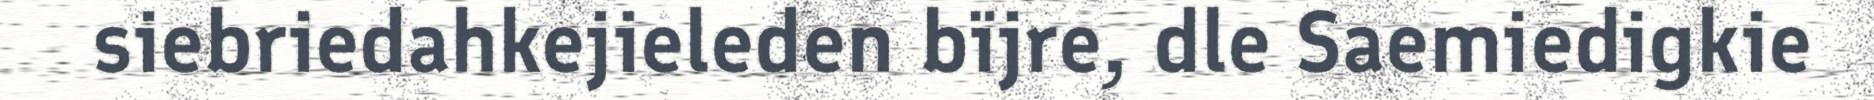
siebriedahkejieleden bïjre, dle Saemiedigkie